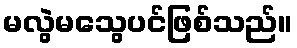
မလွဲမသွေပင်ဖြစ်သည်။